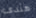
هندى